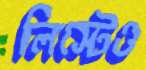
লিস্টেও